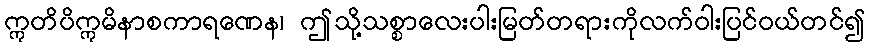
ဣတိပိဣမိနာစကာရဏေန၊ ဤသို့သစ္စာလေးပါးမြတ်တရားကိုလက်ဝါးပြင်ဝယ်တင်၍